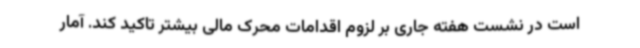
است در نشست هفته جاری بر لزوم اقدامات محرک مالی بیشتر تاکید کند. آمار